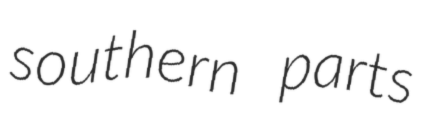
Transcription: southern parts